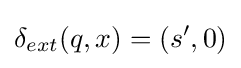
\delta _{ext}(q,x)=(s',0)